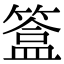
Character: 𥲥